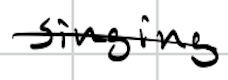
Text: singing
Cross-out: single-line
Writing tool: digital_black